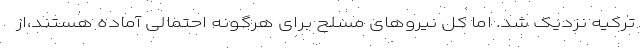
ترکیه نزدیک شد. اما کل نیروهای مسلح برای هرگونه احتمالی آماده هستند،از